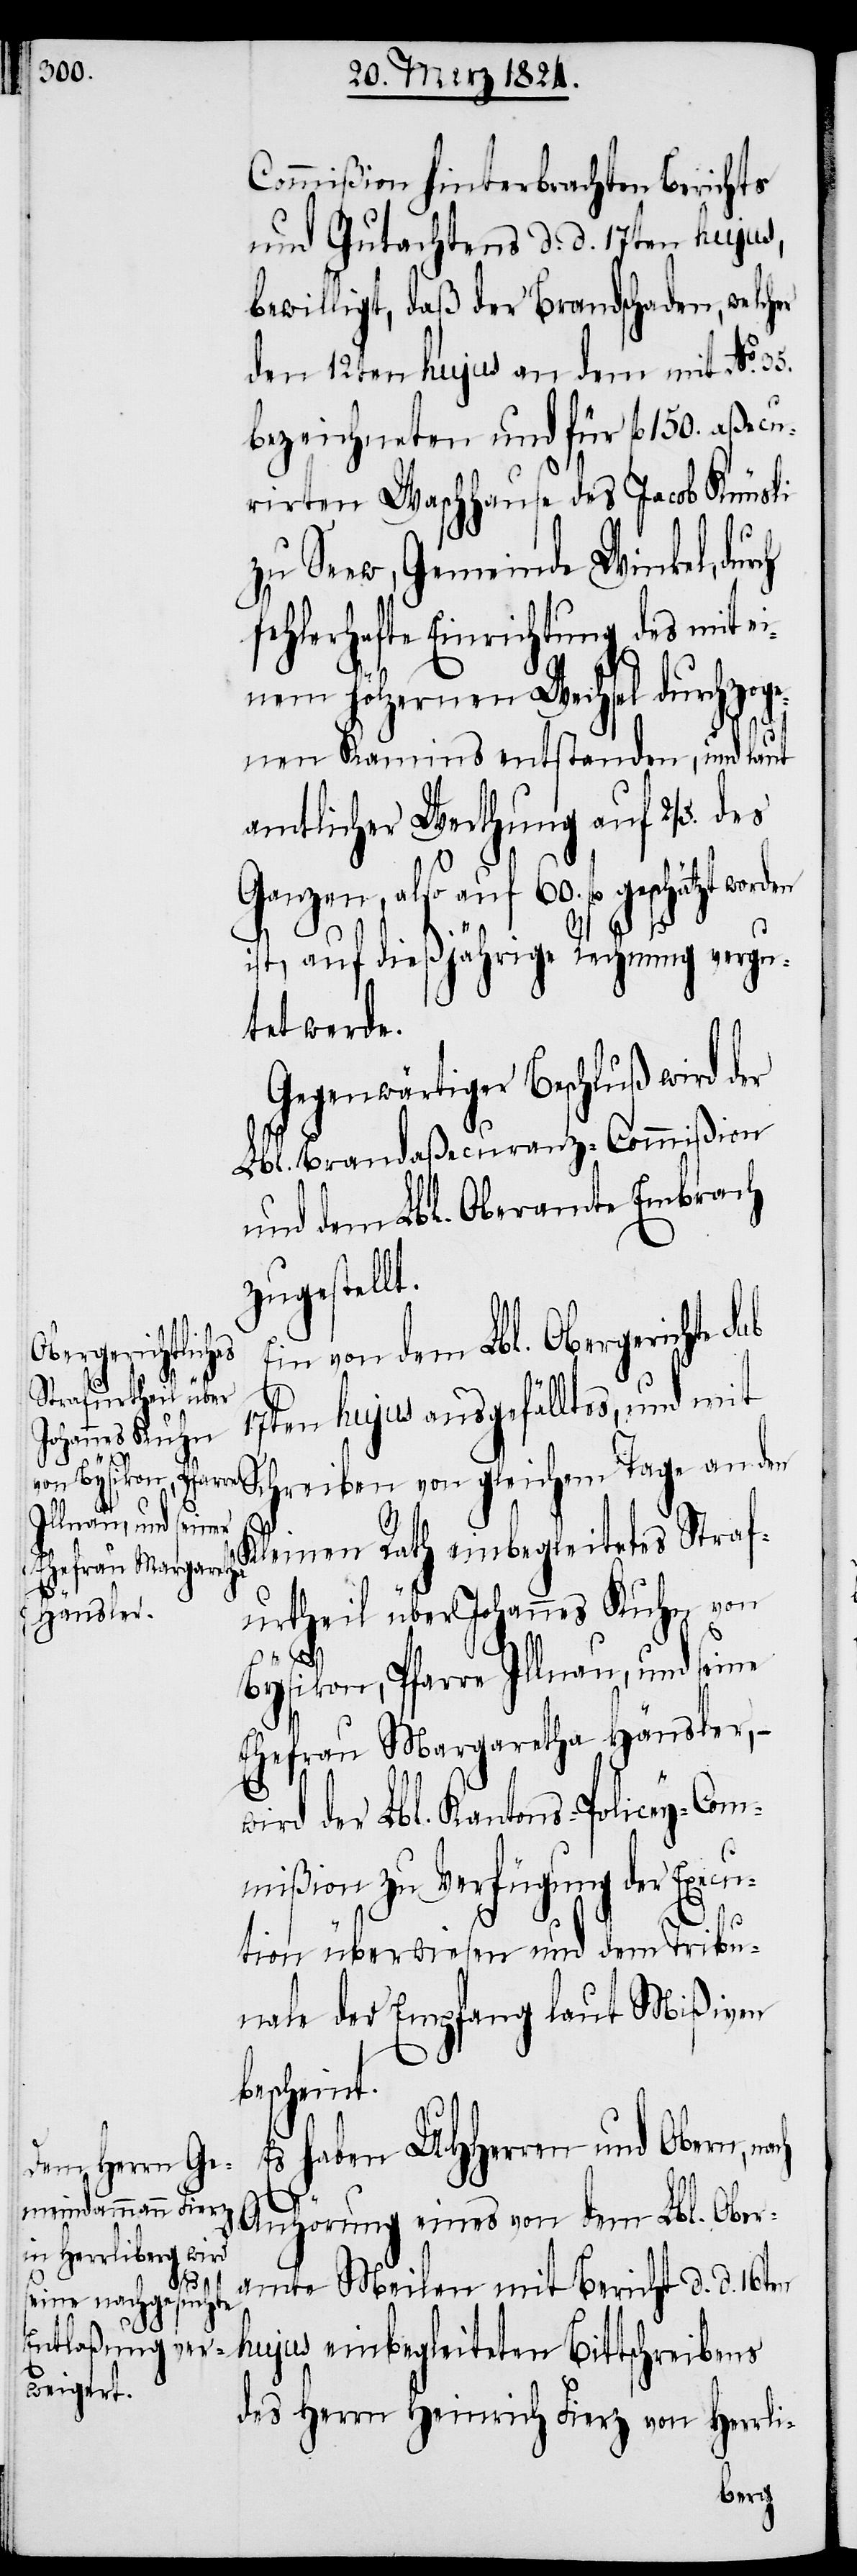
Commißion hinterbrachten Berichts
und Gutachtens d. d. 17ten hujus,
bewilligt, daß der Brandschaden, welcher
den 12ten hujus an dem mit No.
bezeichneten und für fl. 150 aßecu¬
rirten Waschhause des Jacob Knüsli
zu Seew, Gemeinde Winkel,
fehlerhafte Einrichtung des mit ei¬
nem hölzernen Weichsel durchzoge¬
nen Kamins entstanden, und laut
amtlicher Werthung auf 2/5. des
Ganzen, also auf 60. fl. geschätz¬
ist, auf dießjährige Rechnung vergu¬
tet werde.
Gegenwärtiger Beschluß wird der
Lbl. Brandaßecuranz-Commißion
und dem Lbl. Oberamte Embrach
zugestell¬
in von dem Lbl. Obergerichte
ach
17ten hujus ausgefälltes, und mit
Schreiben von gleichem Tage an den
t.
E¬
Kleinen Rath einbegleitetes Straf¬
35.
urtheil über Johannes Kuhn von
Bysikon, Pfarre Illnau, und seine
Ehefrau Margaretha Häusler, –
ird der Lbl. Kantons-Policey-Com¬
mißion zu Verfügung der Execu¬
tion überwiesen und dem Tribu¬
nale der Empfang laut Mißiven
bescheint.
Es haben UHHerren und Obern, n¬
w¬
Anhörung eines von dem Lbl. Ober¬
amte Meilen mit Bericht d. d. 16ten
des Herrn Heinrich Fierz von Herrli-